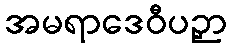
အမရာဒေဝီပဉှာ